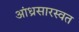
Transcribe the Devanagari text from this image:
आंध्रसारस्वत